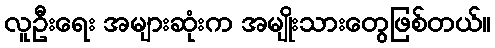
လူဦးရေး အများဆုံးက အမျိုးသားတွေဖြစ်တယ်။